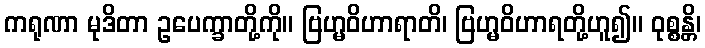
ကရုဏာ မုဒိတာ ဥပေက္ခာတို့ကို။ ဗြဟ္မဝိဟာရာတိ၊ ဗြဟ္မဝိဟာရတို့ဟူ၍။ ဝုစ္စန္တိ၊